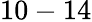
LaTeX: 10-14